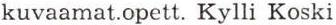
kuvaamat.opett. Kylli Koski